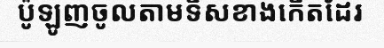
ប៉ូឡូញចូលតាមទិសខាងកើតដែរ